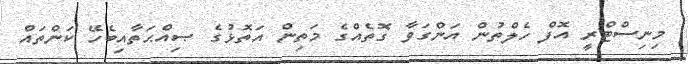
މިނިސްޓްރީ އޮފް ހެލްތުން އަންގަވާ ގޮތެއްގެ މަތިން އަތޮޅުގެ ޞިއްޙަތާއިބެހޭ ކަންތައް